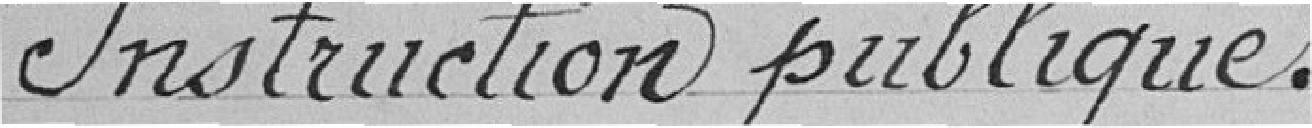
Instruction publique